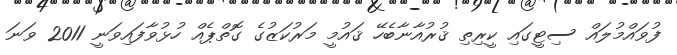
ފުވައްމުލައް ސިޓީގައި ކީރިތި ޤުރުއާނާބެހޭ ޤައުމީ މަރުކަޒުގެ ގޮތްޕެއް ހުޅުވާފައިވަނީ 2011 ވަނަ